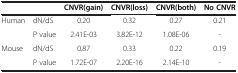
|  |  | CNVR(gain) | CNVR(loss) | CNVR(both) | No CNVR |
 | --- | --- | --- | --- | --- | --- |
 | Human | dN/dS | 0.20 | 0.32 | 0.27 | 0.21 |
 |  | P value | 2.41E-03 | 3.82E-12 | 1.08E-06 | - |
 | Mouse | dN/dS | 0.87 | 0.33 | 0.22 | 0.19 |
 |  | P value | 1.72E-07 | 2.20E-16 | 2.14E-10 | - |